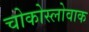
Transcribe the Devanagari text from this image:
चोकोस्लोवाक